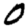
Digit: 0